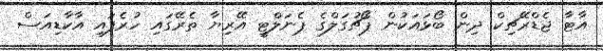
އާޓާ ޖެޑްރޭޗިކް ދިން ބޯޅައަކުން ޕޯޗުގަލްގެ ޕެނަލްޓީ އޭރިޔާ ތެރޭގައި ހުރެފައި އާކާޑިއަސް